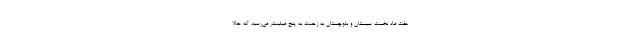
هفت ماه نخست سیستان و بلوچستان به زحمت به پنج میلیمتر می‌رسید که حالا